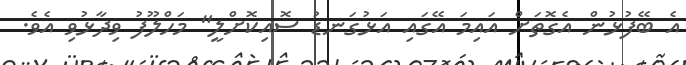
އެ ބޭފުޅުން އެގޮތަށް އައިމަ އޭގައި އަޅުގަނޑު ސޮއިކޮށްލީ" މަހްލޫފު ވިދާޅުވި އެވެ.